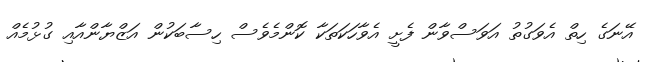
އޭނަގެ ހިތް އެވަގުތު އަވަސްވާން ފެށީ އެވާހަކަތަކާ ކޮންމެވެސް ހިސާބަކުން އަޒްޔާންއާއި ގުޅުމެއް